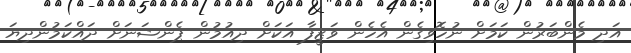
އަދި މެންބަރުން ކަމަށް ނުހޮވިގެން އެހެން ވަޒީފާ އަކަށް ދިއުމުން ޕެންޝަނަށް ދައްކަމުންދިޔަ